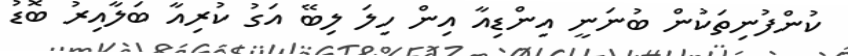
ކުންފުނިތަކުން ބުނަނީ އިންޑިއާ އިން ހިލަ ލިބޭ އަގު ކުރިއާ ބަލާއިރު ބޮޑު